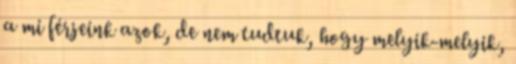
a mi férjeink azok, de nem tudtuk, hogy melyik-melyik,